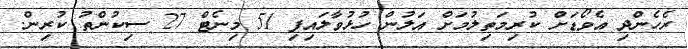
ރެހެންދި އެވޯޑަށް ކުރިމަތިލުމަށް އަލުން ހުޅުވާލައިފި 51 މިނެޓް 27 ސިކުންތު ކުރިން.